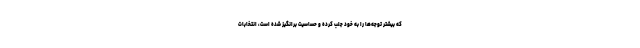
كه بيشتر توجه‌ها را به خود جلب كرده و حساسيت برانگيز شده است، انتخابات